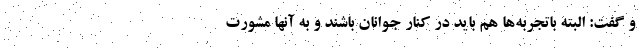
و گفت: البته باتجربه‌ها هم باید در کنار جوانان باشند و به آنها مشورت